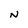
Character: N